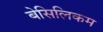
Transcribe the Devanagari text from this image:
बेसिलिकम